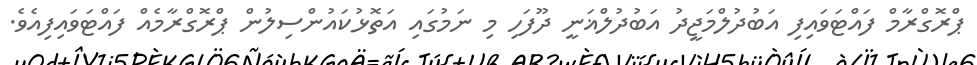
ޕްރޮގްރާމް ފައްޓަވައިފި އަބުދުލްމަޖީދު އަބުދުލްޣަނީ ދޫފަހި މި ނަމުގައި އަތޮޅުކައުންސިލުން ޕްރޮގްރާމެއް ފައްޓަވައިފިއެވެ.